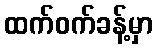
ထက်ဝက်ခန့်မှာ